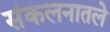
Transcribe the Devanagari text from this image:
संकलनातले